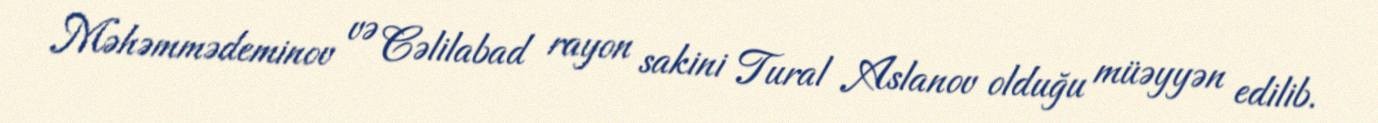
Məhəmmədeminov və Cəlilabad rayon sakini Tural Aslanov olduğu müəyyən edilib.